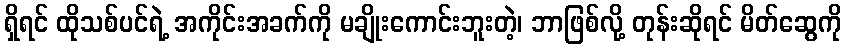
ရှိရင် ထိုသစ်ပင်ရဲ့ အကိုင်းအခက်ကို မချိုးကောင်းဘူးတဲ့၊ ဘာဖြစ်လို့ တုန်းဆိုရင် မိတ်ဆွေကို